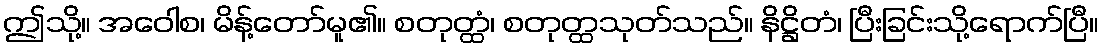
ဤသို့။ အဝေါစ၊ မိန့်တော်မူ၏။ စတုတ္ထံ၊ စတုတ္ထသုတ်သည်။ နိဋ္ဌိတံ၊ ပြီးခြင်းသို့ရောက်ပြီ။